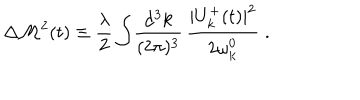
LaTeX: \Delta { \cal M } ^ { 2 } ( t ) \equiv \frac { \lambda } { 2 } \int \! \frac { \mathrm { d ^ { 3 } } k } { ( 2 \pi ) ^ { 3 } } \, \frac { | U _ { k } ^ { + } ( t ) | ^ { 2 } } { 2 \omega _ { k } ^ { 0 } } \; .